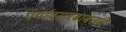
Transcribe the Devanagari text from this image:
पर्यावरणबाबतचे